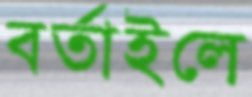
বর্তাইলে